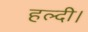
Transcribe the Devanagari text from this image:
हल्दी।